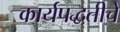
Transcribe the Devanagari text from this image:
कार्यपद्धतीचे